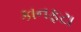
કાનફટા